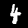
Digit: 4